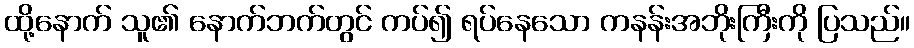
ထို့နောက် သူ၏ နောက်ဘက်တွင် ကပ်၍ ရပ်နေသော ကနန်းအဘိုးကြီးကို ပြသည်။